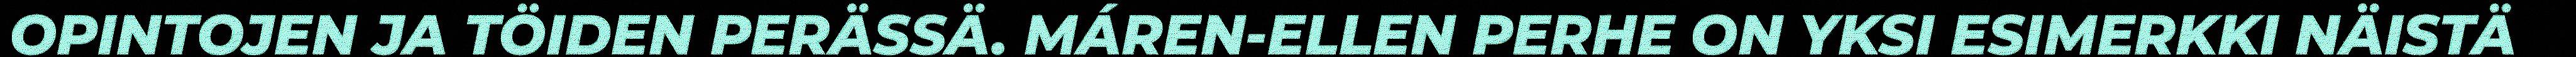
OPINTOJEN JA TÖIDEN PERÄSSÄ. MÁREN-ELLEN PERHE ON YKSI ESIMERKKI NÄISTÄ